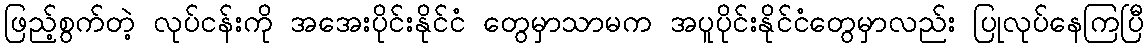
ဖြည့်စွက်တဲ့ လုပ်ငန်းကို အအေးပိုင်းနိုင်ငံ တွေမှာသာမက အပူပိုင်းနိုင်ငံတွေမှာလည်း ပြုလုပ်နေကြပြီ